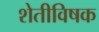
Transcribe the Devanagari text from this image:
शेतीविषक